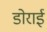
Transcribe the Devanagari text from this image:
डोराई